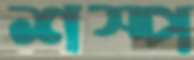
শস্প